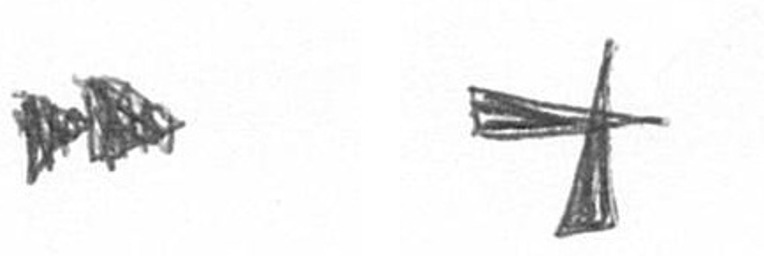
A G